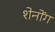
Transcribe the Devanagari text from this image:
शेनोंग